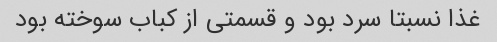
غذا نسبتا سرد بود و قسمتی از کباب سوخته بود